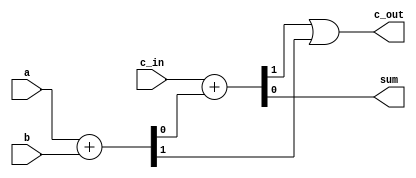
module fa(output wire c_out, sum, input wire a, b, c_in);

  wire c1, c2, sum1;

  assign {c1, sum1} = a + b;
  assign {c2, sum} = c_in + sum1;

  or orion(c_out, c2, c1);

endmodule